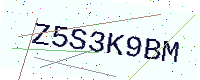
Text: Z5S3K9BM